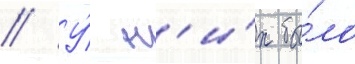
// У́ н'и́х бы́ло